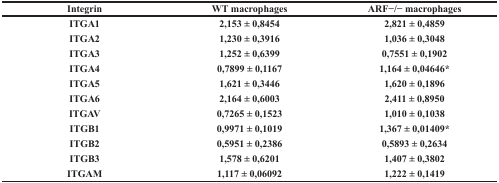
<table><thead><tr><td><b>Integrin</b></td><td><b>WT macrophages</b></td><td><b>ARF−/− macrophages</b></td></tr></thead><tbody><tr><td><b>ITGA1</b></td><td><b>2,153 ± 0,8454</b></td><td><b>2,821 ± 0,4859</b></td></tr><tr><td><b>ITGA2</b></td><td><b>1,230 ± 0,3916</b></td><td><b>1,036 ± 0,3048</b></td></tr><tr><td><b>ITGA3</b></td><td><b>1,252 ± 0,6399</b></td><td><b>0,7551 ± 0,1902</b></td></tr><tr><td><b>ITGA4</b></td><td><b>0,7899 ± 0,1167</b></td><td><b>1,164 ± 0,04646*</b></td></tr><tr><td><b>ITGA5</b></td><td><b>1,621 ± 0,3446</b></td><td><b>1,620 ± 0,1896</b></td></tr><tr><td><b>ITGA6</b></td><td><b>2,164 ± 0,6003</b></td><td><b>2,411 ± 0,8950</b></td></tr><tr><td><b>ITGAV</b></td><td><b>0,7265 ± 0,1523</b></td><td><b>1,010 ± 0,1038</b></td></tr><tr><td><b>ITGB1</b></td><td><b>0,9971 ± 0,1019</b></td><td><b>1,367 ± 0,01409*</b></td></tr><tr><td><b>ITGB2</b></td><td><b>0,5951 ± 0,2386</b></td><td><b>0,5893 ± 0,2634</b></td></tr><tr><td><b>ITGB3</b></td><td><b>1,578 ± 0,6201</b></td><td><b>1,407 ± 0,3802</b></td></tr><tr><td><b>ITGAM</b></td><td><b>1,117 ± 0,06092</b></td><td><b>1,222 ± 0,1419</b></td></tr></tbody></table>